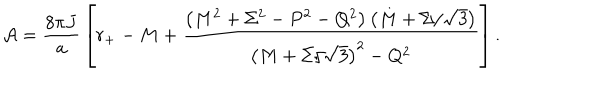
{ \cal A } = { \frac { 8 \pi J } { a } } \left[ r _ { + } - M + { \frac { \left( M ^ { 2 } + \Sigma ^ { 2 } - P ^ { 2 } - Q ^ { 2 } \right) \left( M + \Sigma / \sqrt { 3 } \right) } { \left( M + \Sigma / \sqrt { 3 } \right) ^ { 2 } - Q ^ { 2 } } } \right] .